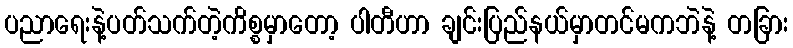
ပညာရေးနဲ့ပတ်သက်တဲ့ကိစ္စမှာတော့ ပါတီဟာ ချင်းပြည်နယ်မှာတင်မကဘဲနဲ့ တခြား